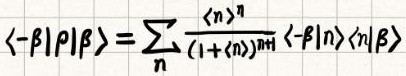
$\langle-\beta|\rho| \beta\rangle=\sum_{n} \frac{\langle n\rangle^{n}}{(1+\langle n\rangle)^{n+1}}\langle-\beta|n\rangle\langle n| \beta\rangle$